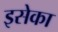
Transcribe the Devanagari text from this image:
इसेका